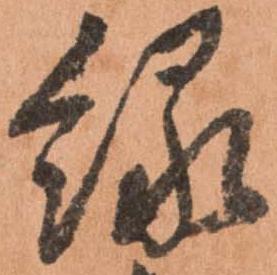
縁